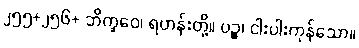
၂၅၅+၂၅၆+ ဘိက္ခဝေ၊ ရဟန်းတို့။ ပဉ္စ၊ ငါးပါးကုန်သော။